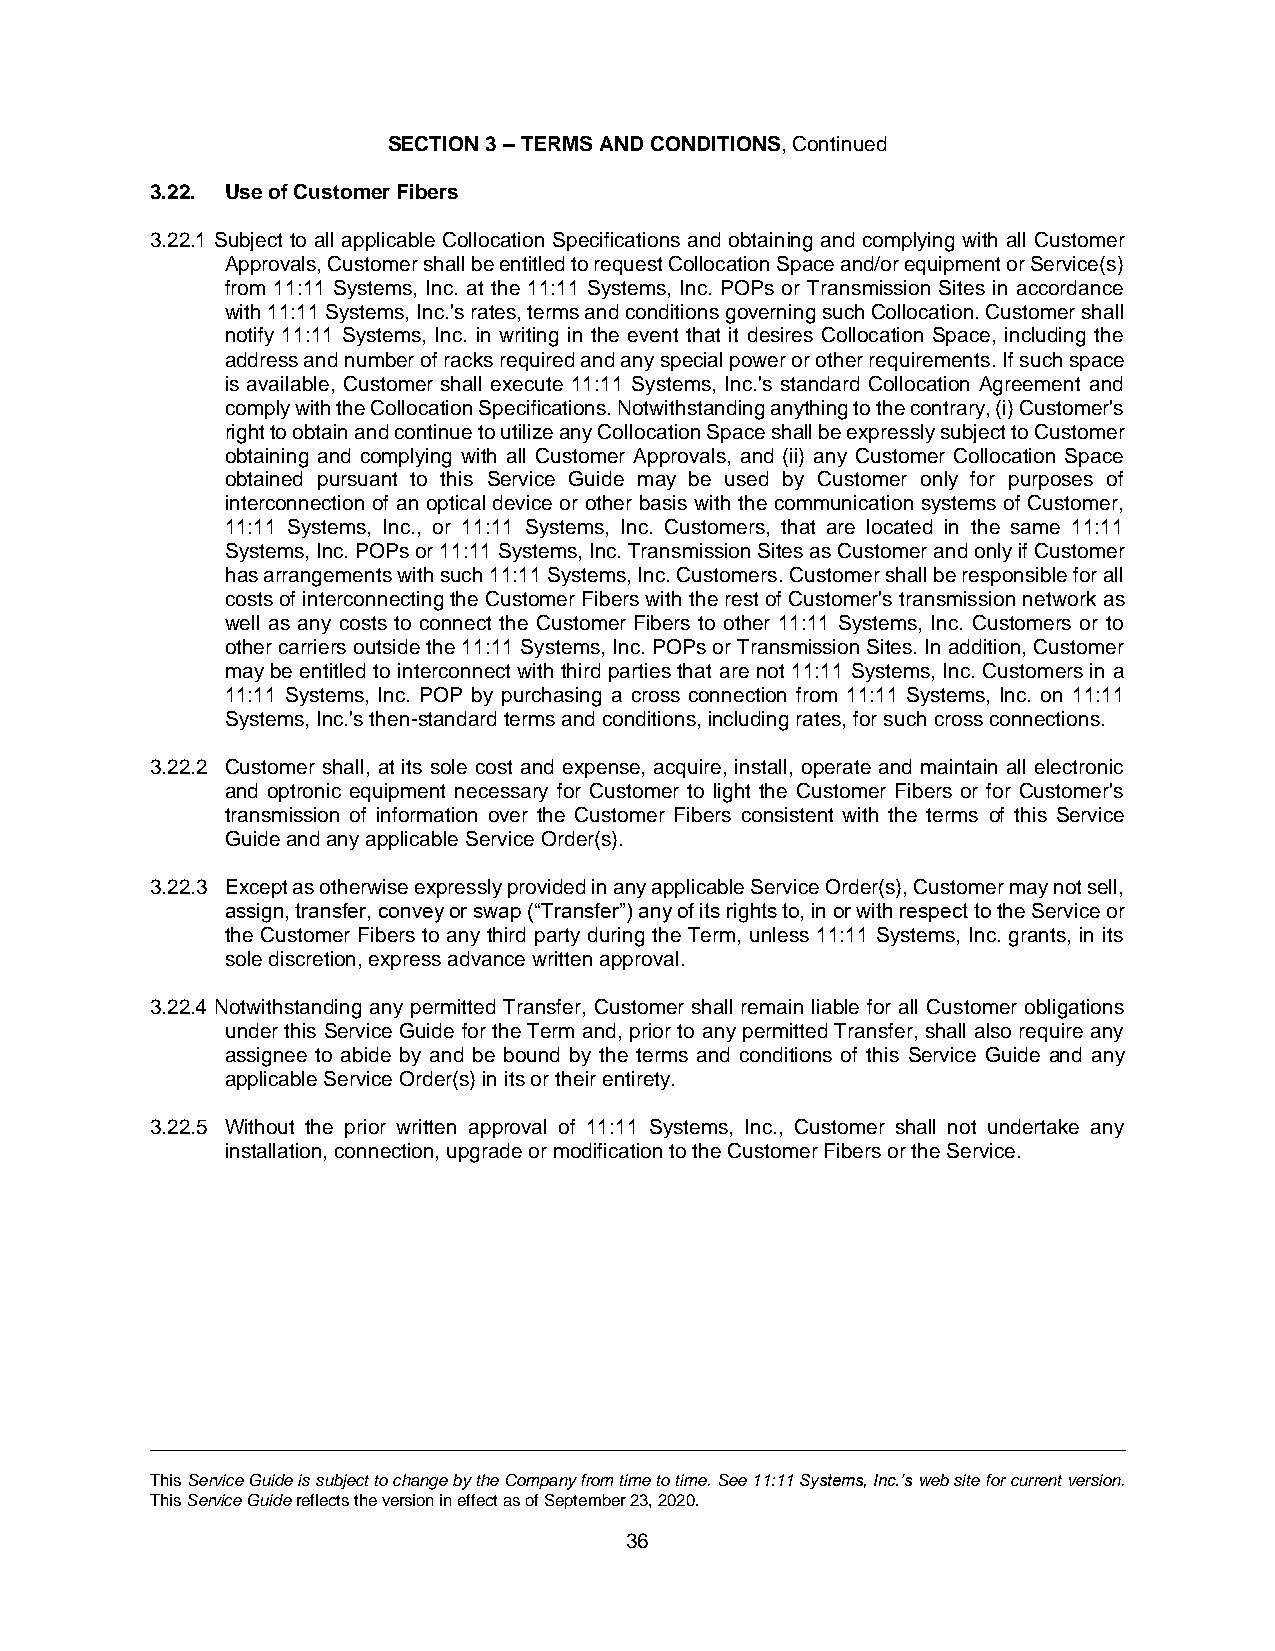
SECTION 3 – TERMS AND CONDITIONS, Continued
 3.22. Use of Customer Fibers
 3.22.1 Subject to all applicable Collocation Specifications and obtaining and complying with all Customer
 Approvals, Customer shall be entitled to request Collocation Space and/or equipment or Service(s)
 from 11:11 Systems, Inc. at the 11:11 Systems, Inc. POPs or Transmission Sites in accordance
 with 11:11 Systems, Inc.'s rates, terms and conditions governing such Collocation. Customer shall
 notify 11:11 Systems, Inc. in writing in the event that it desires Collocation Space, including the
 address and number of racks required and any special power or other requirements. If such space
 is available, Customer shall execute 11:11 Systems, Inc.'s standard Collocation Agreement and
 comply with the Collocation Specifications. Notwithstanding anything to the contrary, (i) Customer's
 right to obtain and continue to utilize any Collocation Space shall be expressly subject to Customer
 obtaining and complying with all Customer Approvals, and (ii) any Customer Collocation Space
 obtained pursuant to this Service Guide may be used by Customer only for purposes of
 interconnection of an optical device or other basis with the communication systems of Customer,
 11:11 Systems, Inc., or 11:11 Systems, Inc. Customers, that are located in the same 11:11
 Systems, Inc. POPs or 11:11 Systems, Inc. Transmission Sites as Customer and only if Customer
 has arrangements with such 11:11 Systems, Inc. Customers. Customer shall be responsible for all
 costs of interconnecting the Customer Fibers with the rest of Customer's transmission network as
 well as any costs to connect the Customer Fibers to other 11:11 Systems, Inc. Customers or to
 other carriers outside the 11:11 Systems, Inc. POPs or Transmission Sites. In addition, Customer
 may be entitled to interconnect with third parties that are not 11:11 Systems, Inc. Customers in a
 11:11 Systems, Inc. POP by purchasing a cross connection from 11:11 Systems, Inc. on 11:11
 Systems, Inc.'s then-standard terms and conditions, including rates, for such cross connections.
 3.22.2 Customer shall, at its sole cost and expense, acquire, install, operate and maintain all electronic
 and optronic equipment necessary for Customer to light the Customer Fibers or for Customer's
 transmission of information over the Customer Fibers consistent with the terms of this Service
 Guide and any applicable Service Order(s).
 3.22.3 Except as otherwise expressly provided in any applicable Service Order(s), Customer may not sell,
 assign, transfer, convey or swap (“Transfer”) any of its rights to, in or with respect to the Service or
 the Customer Fibers to any third party during the Term, unless 11:11 Systems, Inc. grants, in its
 sole discretion, express advance written approval.
 3.22.4 Notwithstanding any permitted Transfer, Customer shall remain liable for all Customer obligations
 under this Service Guide for the Term and, prior to any permitted Transfer, shall also require any
 assignee to abide by and be bound by the terms and conditions of this Service Guide and any
 applicable Service Order(s) in its or their entirety.
 3.22.5 Without the prior written approval of 11:11 Systems, Inc., Customer shall not undertake any
 installation, connection, upgrade or modification to the Customer Fibers or the Service.
 This Service Guide is subject to change by the Company from time to time. See 11:11 Systems, Inc.’s web site for current version.
 This Service Guide reflects the version in effect as of September 23, 2020.
 36